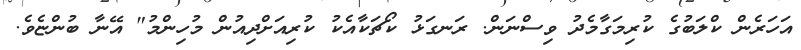
އަހަރެން ކްލަބުގެ ކުރިމަގާމެދު ވިސްނަން. ރަނގަޅު ކޯޗަކާއެކު ކުރިއަށްދިއުން މުހިންމު" އޭނާ ބުންޏެވެ.